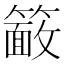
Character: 𮆖